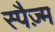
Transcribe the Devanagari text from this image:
स्पैज़्म